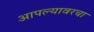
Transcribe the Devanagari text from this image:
आपल्यावरचा